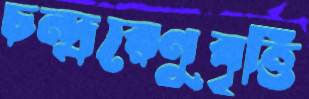
চন্দ্ররেণুবৃত্তি